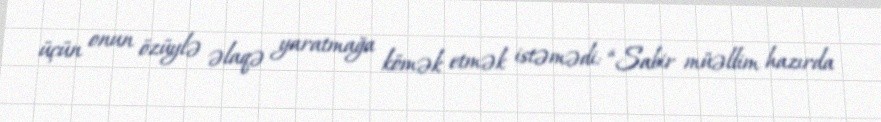
üçün onun özüylə əlaqə yaratmağa kömək etmək istəmədi: “Sabir müəllim hazırda